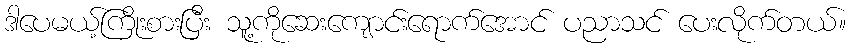
ဒါပေမယ့်ကြိုးစားပြီး သူ့ကိုဆေးကျောင်းရောက်အောင် ပညာသင် ပေးလိုက်တယ်။